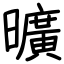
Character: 曠